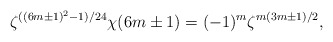
\begin{align*}\zeta^{((6m\pm 1)^2-1)/24}\chi(6m\pm 1) = (-1)^m\zeta^{m(3m\pm 1)/2},\end{align*}